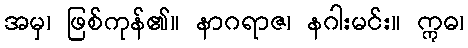
အမှ၊ ဖြစ်ကုန်၏။ နာဂရာဇ၊ နဂါးမင်း။ ဣဓ၊